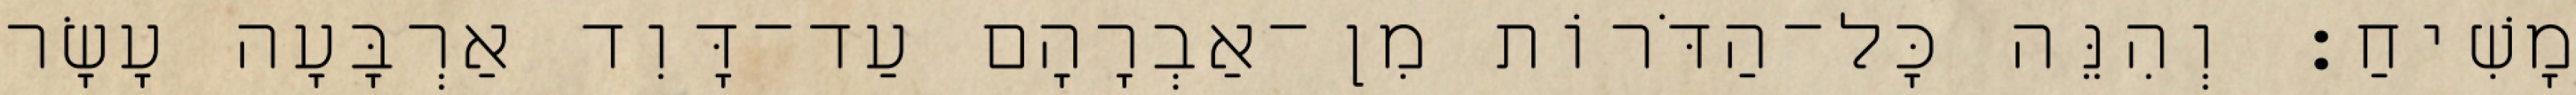
מָשִׁיחַ׃ וְהִנֵּה כָּל־הַדֹּרוֹת מִן־אַבְרָהָם עַד־דָּוִד אַרְבָּעָה עָשָׂר